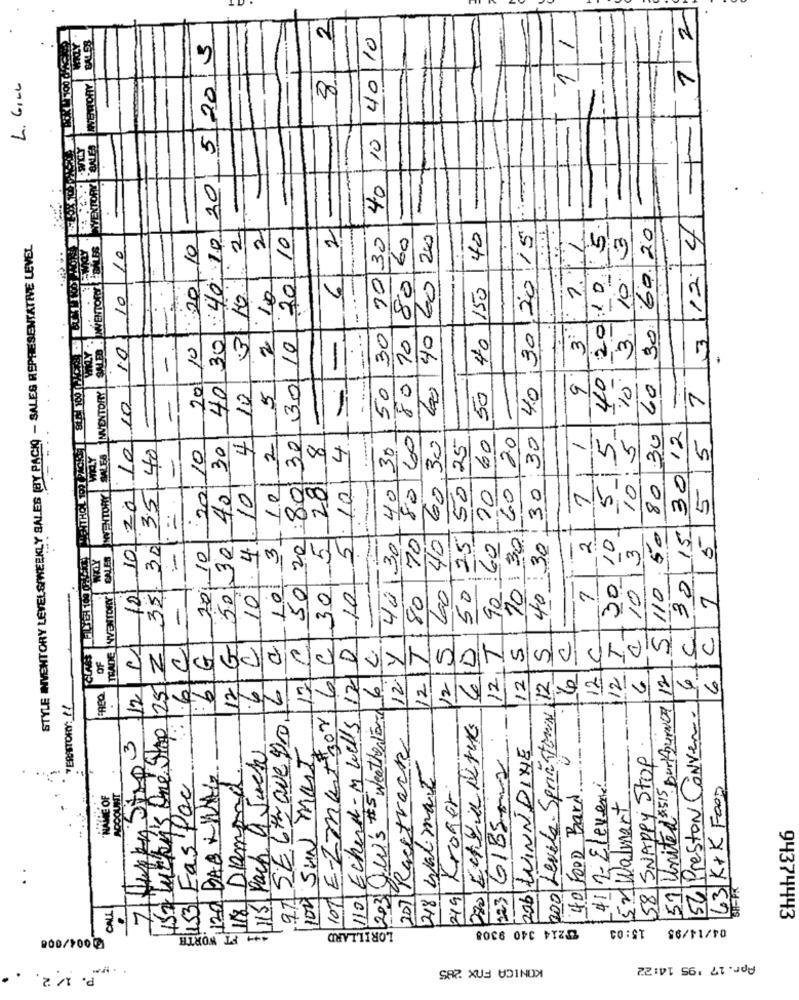
1/2
2
40/10
1
5/20 3
-
L. GILL
8
10
PIVEXTORY BALES
201
4.0 30 20 15.
-
40
-
-
3 12 4
2
2
30 60.20
40 30: 40: 10
2
20/ 10
30
200
40
5
3. 10.13
STYLE INVENTORY LEVELS/WEEKLY SALES (BY PACIO - SALES REPRESENTATIVE LEVEL
INVENTORY |SALES . MENTORY OMLES
:2010
60
10
---
10
60
--
10
6
80
40 150
20:1 0
10
80/10
3º
10
30
60/40
20/ 10
2
30/10
-
9
40
50
%
60
7
-
4 10
5
50
10
60
80 30
50 20 :80 30
60,30
60
60 20
40 : 30 30 30
5
3012
5
SALES
10
35 40
10
30
2
4
30
50 25
1
WILY
-
5 201
5
10
5
10
3 10
5.10
---
40
80
7
INVENTORY
1020
40
20
=
90 60
10 301
30 15
7 5
40130
70
40
50.25
30 10
5 110 50
35.30
-1
50,30
1. 4
2
3
CALER
2010
101
101
TRADE WENTTORY
121
30
60
110
10
80
-
C
.6C
12/G
107 E-Zmethor 6c
110 Echend-m wells 12 0
12T
15
40
12.7
12/5
S
€
120
I
OF
This One Stop 25 2
203 W's #Weather Ford 6 2.
12Y
6
12
200 Levele SprinttomN 12
12
57 United 515 Burkburnet 12
6
.6
97 SELtz Que Dro16
12
112
TERASTORY: //
56 Preston Conven
40 FOOD Bard
207 Racetrack
23 GIBS-02-
115 Pach a Jack
200 LINNDINE
100 SUN MOT
58 SNAPPY STOP
218 Walmart
120 BAB KWAL
18 Diamond
41/2- Eleven
153 Eas Pac
219 Kroner
63 K+K FooD
NAME OF
NOCOUNT
52Walmart
is Lucky's
270
CALL
15:03
04/14/95
94374443
0004/008
4+4 FT WORTH
LORILLARD
T214 340 9308
KONICA FAX 285
Apr. 17 '95 14:22
..
P. 1/ 2.